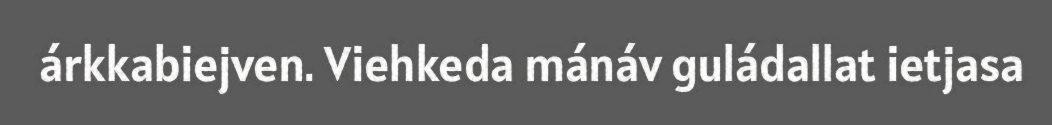
árkkabiejven. Viehkeda mánáv guládallat ietjasa